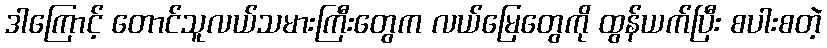
ဒါကြောင့် တောင်သူလယ်သမားကြီးတွေက လယ်မြေတွေကို ထွန်ယက်ပြီး စပါးစတဲ့